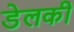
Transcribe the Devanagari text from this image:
डेलकी